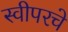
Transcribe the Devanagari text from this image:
स्वीपरचे